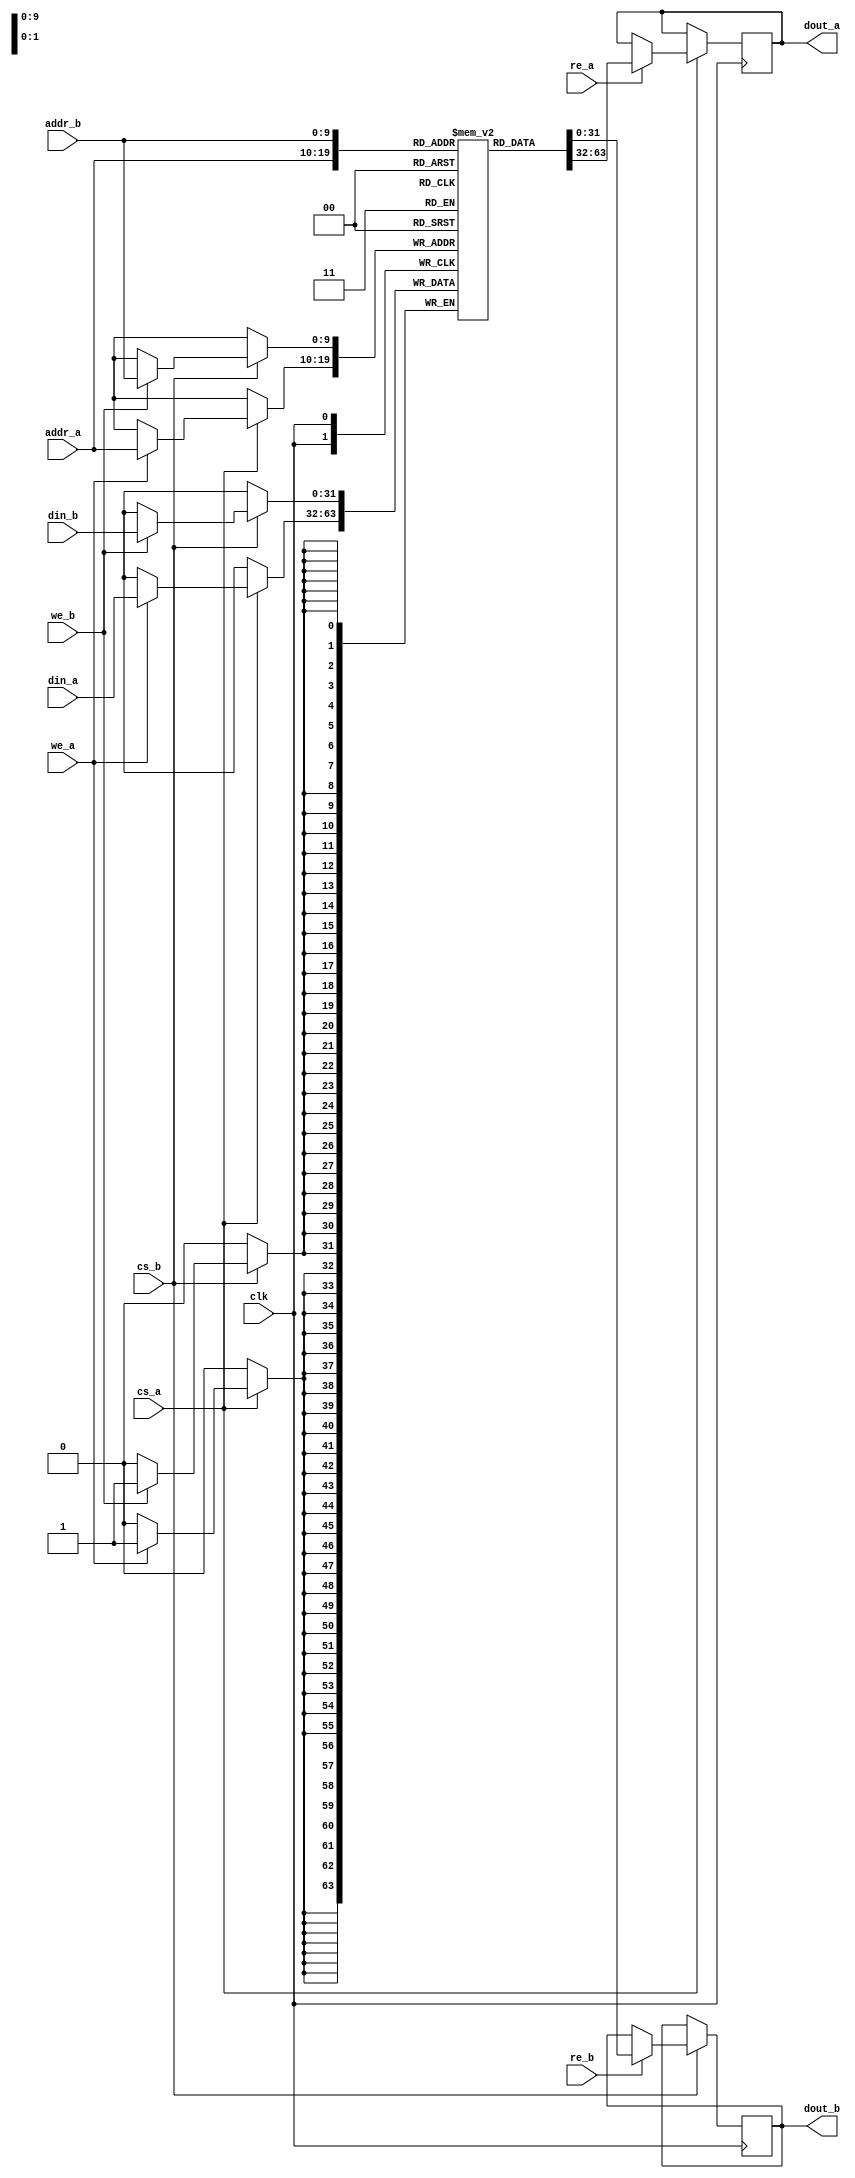
module pipelined_sram #(
    parameter DATA_WIDTH = 32, // Configurable data width
    parameter ADDR_WIDTH = 10,  // Address width for memory size
    parameter MEM_DEPTH = 1 << ADDR_WIDTH // Memory depth
)(
    input wire clk,               // Clock signal
    input wire cs_a,              // Chip Select for Port A
    input wire cs_b,              // Chip Select for Port B
    input wire re_a,              // Read Enable for Port A
    input wire re_b,              // Read Enable for Port B
    input wire we_a,              // Write Enable for Port A
    input wire we_b,              // Write Enable for Port B
    input wire [ADDR_WIDTH-1:0] addr_a, // Address for Port A
    input wire [ADDR_WIDTH-1:0] addr_b, // Address for Port B
    input wire [DATA_WIDTH-1:0] din_a, // Data input for Port A
    input wire [DATA_WIDTH-1:0] din_b, // Data input for Port B
    output reg [DATA_WIDTH-1:0] dout_a, // Data output for Port A
    output reg [DATA_WIDTH-1:0] dout_b  // Data output for Port B
);

    // Memory array
    reg [DATA_WIDTH-1:0] mem [0:MEM_DEPTH-1];

    // Pipelined read/write for Port A
    always @(posedge clk) begin
        if (cs_a) begin
            if (we_a) begin
                mem[addr_a] <= din_a; // Write operation
            end
            if (re_a) begin
                dout_a <= mem[addr_a]; // Read operation
            end
        end
    end

    // Pipelined read/write for Port B
    always @(posedge clk) begin
        if (cs_b) begin
            if (we_b) begin
                mem[addr_b] <= din_b; // Write operation
            end
            if (re_b) begin
                dout_b <= mem[addr_b]; // Read operation
            end
        end
    end

endmodule